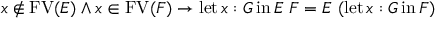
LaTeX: x \not \in \operatorname { F V } ( E ) \land x \in \operatorname { F V } ( F ) \to \operatorname { l e t } x : G \operatorname { i n } E \ F = E \ ( \operatorname { l e t } x : G \operatorname { i n } F )